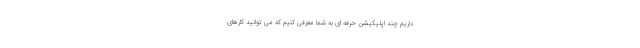
داریم چند اپلیکیشن حرفه ای به شما معرفی کنیم که می توانید کارهای